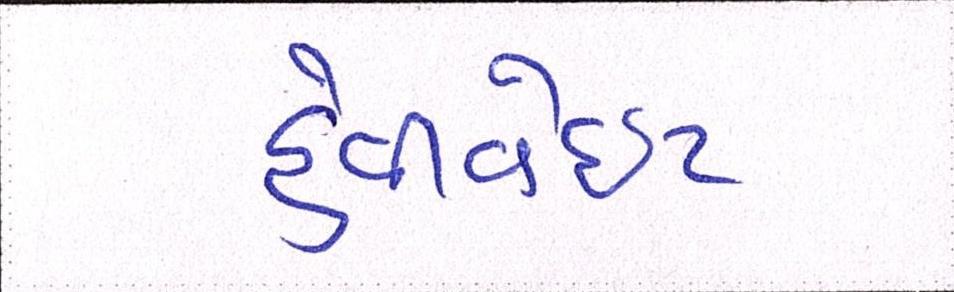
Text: હેવીવેઇટ